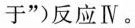
于”)反应Ⅳ。